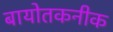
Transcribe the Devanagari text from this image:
बायोतकनीक